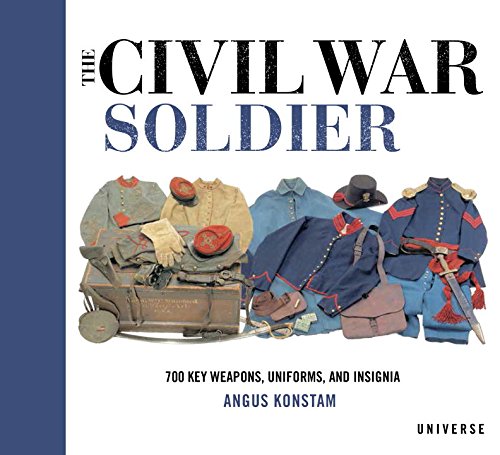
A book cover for The Civil War Soldier: Includes over 700 Key Weapons, Uniforms, & Insignia; Angus Konstam; Crafts, Hobbies & Home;